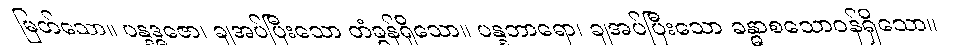
မြတ်သော။ ပန္နဒ္ဓဇော၊ ချအပ်ပြီးသော တံခွန်ရှိသော။ ပန္နဘာရော၊ ချအပ်ပြီးသော ခန္ဓာစသောဝန်ရှိသော။